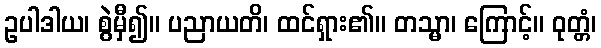
ဥပါဒါယ၊ စွဲမှီ၍။ ပညာယတိ၊ ထင်ရှား၏။ တသ္မာ၊ ကြောင့်။ ဝုတ္တံ၊